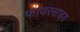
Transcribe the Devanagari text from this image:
फायरसाइड